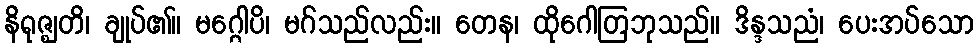
နိရုဇ္ဈတိ၊ ချုပ်၏။ မဂ္ဂေါပိ၊ မဂ်သည်လည်း။ တေန၊ ထိုဂေါတြဘုသည်။ ဒိန္ဒသညံ၊ ပေးအပ်သော